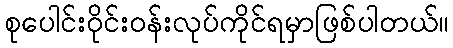
စုပေါင်းဝိုင်းဝန်းလုပ်ကိုင်ရမှာဖြစ်ပါတယ်။